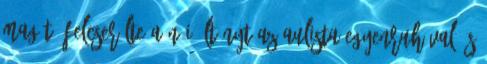
magát. Felcserélte a női öltönyt az aulista egyenruhával, s